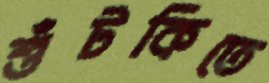
শুঁটকিতে